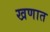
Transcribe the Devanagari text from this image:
खणात